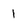
Character: I